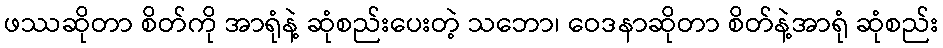
ဖဿဆိုတာ စိတ်ကို အာရုံနဲ့ ဆုံစည်းပေးတဲ့ သဘော၊ ဝေဒနာဆိုတာ စိတ်နဲ့အာရုံ ဆုံစည်း